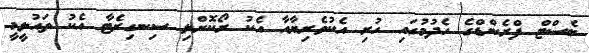
ބެސްޓް ފްރެންޑްގެ ހެދުމުގައި ހުރި އެކުވެރިޔާއާ އެކު ރޯކޮށްލި ސިނގިރެޓާ އެކު ތައުލީމީ